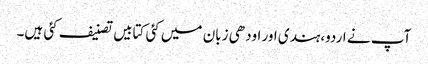
آپ نے اردو،ہندی اور اودھی زبان میں کئی کتابیں تصنیف کئی ہیں۔